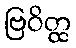
ဗြဝိတ္ထ